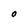
Character: O